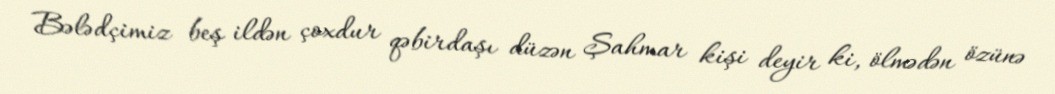
Bələdçimiz beş ildən çoxdur qəbirdaşı düzən Şahmar kişi deyir ki, ölmədən özünə